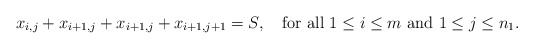
\begin{align*} x_{i,j} + x_{i+1,j} + x_{i+1,j} + x_{i+1,j+1} = S, \mbox{ \ \ for all } 1\leq i \leq m \mbox{ and } 1\leq j \leq n_1.\end{align*}